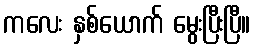
ကလေး နှစ်ယောက် မွေးပြီးပြီ။